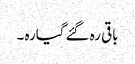
باقی رہ گئے گیارہ ۔